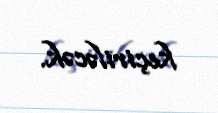
keçiriləcək.